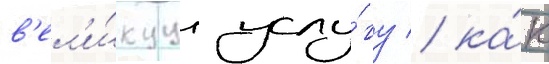
в'ел'и́куу услу́гу / ка́к